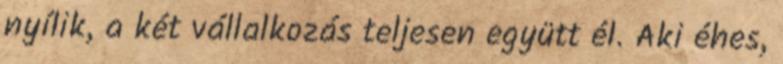
nyílik, a két vállalkozás teljesen együtt él. Aki éhes,